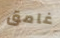
غامق